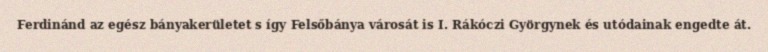
Ferdinánd az egész bányakerületet s így Felsőbánya városát is I. Rákóczi Györgynek és utódainak engedte át.